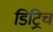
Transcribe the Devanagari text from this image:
डिट्रिच